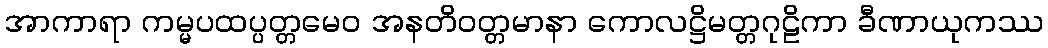
အာကာရာ ကမ္မပထပ္ပတ္တမေဝ အနတိဝတ္တမာနာ ကောလဋ္ဌိမတ္တဂုဠိကာ ခီဏာယုကဿ